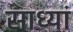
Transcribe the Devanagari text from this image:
साध्यां